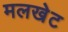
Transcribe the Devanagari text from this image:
मलखेट